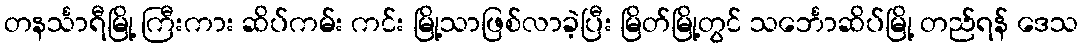
တနင်္သာရီမြို့ ကြီးကား ဆိပ်ကမ်း ကင်း မြို့သာဖြစ်လာခဲ့ပြီး မြိတ်မြို့တွင် သင်္ဘောဆိပ်မြို့ တည်ရန် ဒေသ